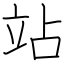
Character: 站